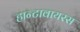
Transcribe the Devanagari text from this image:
हान्टावायरस